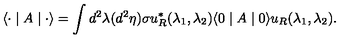
\langle { \bf \cdot } \mid A \mid { \bf \cdot } \rangle = \int d ^ { 2 } \lambda ( d ^ { 2 } \eta ) \sigma u _ { R } ^ { \ast } ( \lambda _ { 1 } , \lambda _ { 2 } ) \langle 0 \mid A \mid 0 \rangle u _ { R } ( \lambda _ { 1 } , \lambda _ { 2 } ) .